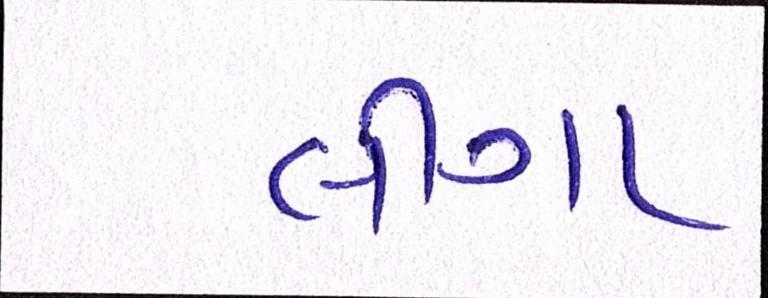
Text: લીગા